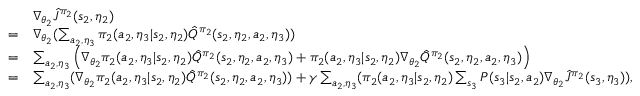
\begin{array} { r l } & { \nabla _ { \theta _ { 2 } } \hat { J } ^ { \pi _ { 2 } } ( s _ { 2 } , \eta _ { 2 } ) } \\ { = } & { \nabla _ { \theta _ { 2 } } ( \sum _ { a _ { 2 } , \eta _ { 3 } } \pi _ { 2 } ( a _ { 2 } , \eta _ { 3 } | s _ { 2 } , \eta _ { 2 } ) \hat { Q } ^ { \pi _ { 2 } } ( s _ { 2 } , \eta _ { 2 } , a _ { 2 } , \eta _ { 3 } ) ) } \\ { = } & { \sum _ { a _ { 2 } , \eta _ { 3 } } \Big ( \nabla _ { \theta _ { 2 } } \pi _ { 2 } ( a _ { 2 } , \eta _ { 3 } | s _ { 2 } , \eta _ { 2 } ) \hat { Q } ^ { \pi _ { 2 } } ( s _ { 2 } , \eta _ { 2 } , a _ { 2 } , \eta _ { 3 } ) + \pi _ { 2 } ( a _ { 2 } , \eta _ { 3 } | s _ { 2 } , \eta _ { 2 } ) \nabla _ { \theta _ { 2 } } \hat { Q } ^ { \pi _ { 2 } } ( s _ { 2 } , \eta _ { 2 } , a _ { 2 } , \eta _ { 3 } ) \Big ) } \\ { = } & { \sum _ { a _ { 2 } , \eta _ { 3 } } ( \nabla _ { \theta _ { 2 } } \pi _ { 2 } ( a _ { 2 } , \eta _ { 3 } | s _ { 2 } , \eta _ { 2 } ) \hat { Q } ^ { \pi _ { 2 } } ( s _ { 2 } , \eta _ { 2 } , a _ { 2 } , \eta _ { 3 } ) ) + \gamma \sum _ { a _ { 2 } , \eta _ { 3 } } ( \pi _ { 2 } ( a _ { 2 } , \eta _ { 3 } | s _ { 2 } , \eta _ { 2 } ) \sum _ { s _ { 3 } } P ( s _ { 3 } | s _ { 2 } , a _ { 2 } ) \nabla _ { \theta _ { 2 } } \hat { J } ^ { \pi _ { 2 } } ( s _ { 3 } , \eta _ { 3 } ) ) , } \end{array}